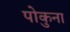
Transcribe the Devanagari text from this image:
पोकुना